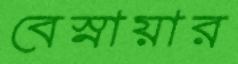
বেস্নায়ার